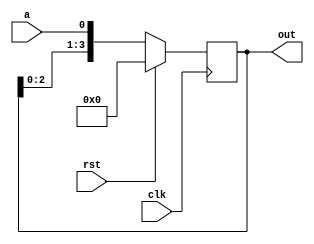
module leftshiftreg (clk,rst,a,out);
    input wire clk;
    input wire rst;
    input wire a;
    
    output reg [3:0] out;

    always@(posedge clk)begin
        if(rst)begin
            out <= 4'b0000;
        end
        else begin
            out <= {out[2:0],a};
        end
    end
endmodule